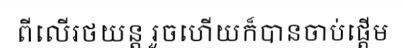
ពីលើរថយន្ត រួចហើយក៏បានចាប់ផ្តើម